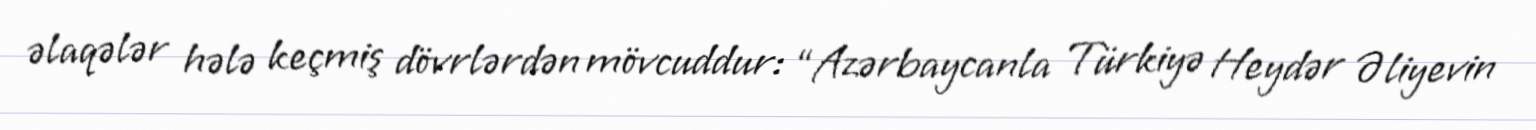
əlaqələr hələ keçmiş dövrlərdən mövcuddur: “Azərbaycanla Türkiyə Heydər Əliyevin